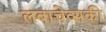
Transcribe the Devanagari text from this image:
लबाचेव्सकी